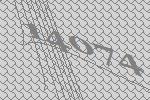
14074